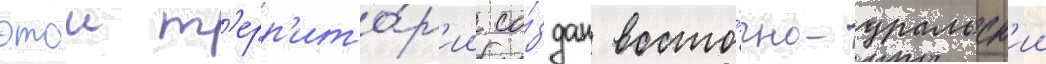
этои т'ерр'ито́р'ии со́здан восто́чно-уральск'ии